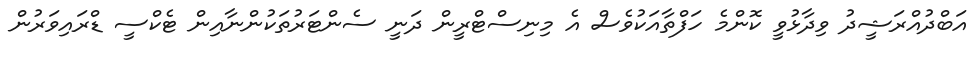
އަބްދުއްރަޝީދު ވިދާޅުވީ ކޮންމެ ހަފްތާއަކުވެސް އެ މިނިސްޓްރީން ދަނީ ސެންޓަރުތަކުންނާއިން ޓެކްސީ ޑްރައިވަރުން